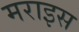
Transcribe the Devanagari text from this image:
मराइस